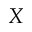
X